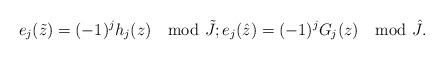
LaTeX: \begin{align*} e_j(\tilde{z}) = (-1)^j h_j(z) \mod \tilde{J} \/; e_j(\hat{z}) = (-1)^j G_j(z) \mod \hat{J} \/. \end{align*}